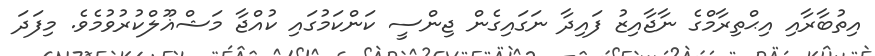
އިތުބާރާއި އިޙްތިރާމްގެ ނާޖާއިޒު ފައިދާ ނަގައިގެން ޖިންސީ ކަންކަމުގައި ކުއްޖާ މަޝްޣޫލްކުރުވުމެވެ. މިފަދަ